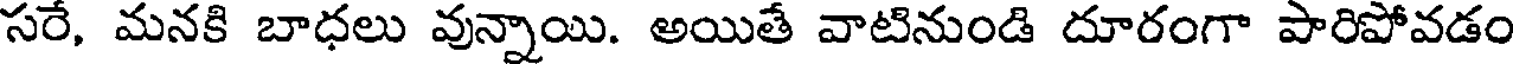
సరే, మనకి బాధలు వున్నాయి. అయితే వాటినుండి దూరంగా పారిపోవడం